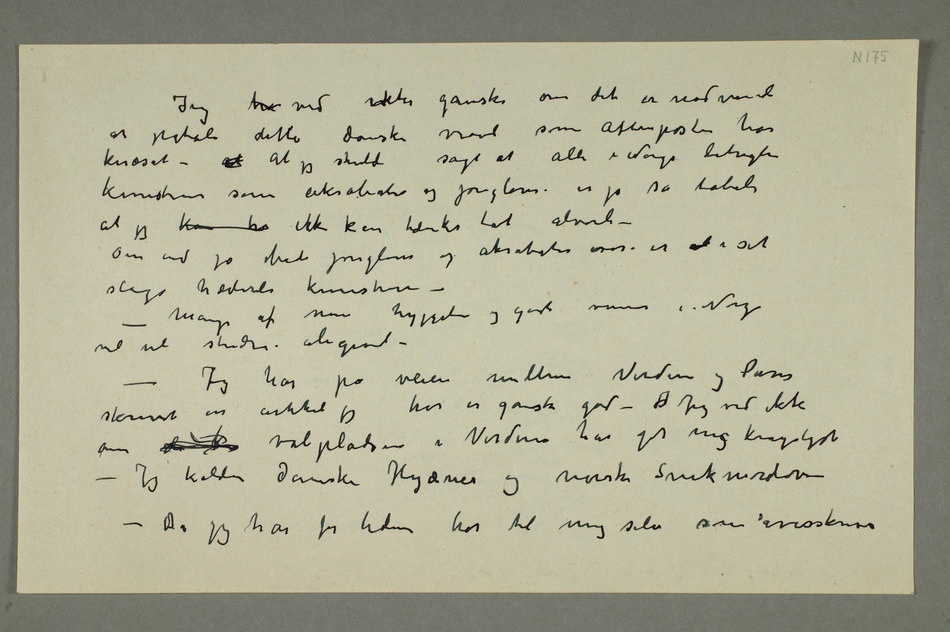
Jeg tro ved ikke ganske om det er nødvendi
at påtale dette danske vrøvl som Aftenposten har
knæsat – At At jeg skulde sagt at alle i Norge betragter
kunstnere som akrobater og jonglører er jo så tåbeli
at jeg kan tro ikke kan tænkes tat alvorli –
Om end jo både jonglører og akrobater osså er et i sit
slags hæderli kunstnere
– – Mange af mine hyggelie og gode venner
vil vel studere aligevel – –
Jeg har på veien mellem Norden og Paris
skrevet en artikkel jeg tror er ganske god –  Jeg ved ikke
om d k valpladsen i Norden har git mig krigslyst –
Jeg kalder danske Hyæner og norske Snikmordere
– Da jeg har for tiden tro til mig selv som avisskriver